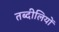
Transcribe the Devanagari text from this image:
तब्दीलियों